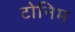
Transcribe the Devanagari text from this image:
टोनिम